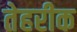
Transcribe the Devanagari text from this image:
तेहरीक